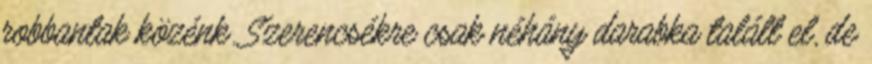
robbantak közénk. Szerencsékre csak néhány darabka talált el, de